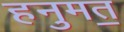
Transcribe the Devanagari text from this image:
हनुमत॒